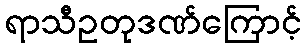
ရာသီဥတုဒဏ်ကြောင့်